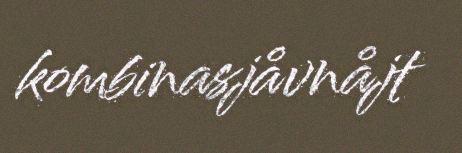
kombinasjåvnåjt